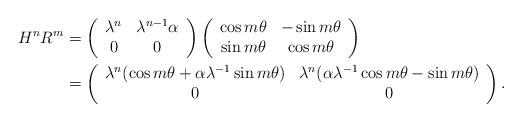
LaTeX: \begin{align*}H^nR^m &= \left(\begin{array}{cc}\lambda^n&\lambda^{n-1}\alpha\\0&0\end{array}\right)\left(\begin{array}{cc}\cos m\theta &-\sin m\theta\\\sin m\theta & \cos m\theta\end{array}\right)\\&= \left(\begin{array}{cc}\lambda^n(\cos m\theta+\alpha \lambda^{-1}\sin m\theta)&\lambda^n(\alpha\lambda^{-1}\cos m\theta - \sin m\theta)\\0&0\end{array}\right).\end{align*}